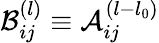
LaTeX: \mathcal{B}_{ij}^{(l)}\equiv\mathcal{A}_{ij}^{(l-l_{0})}